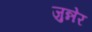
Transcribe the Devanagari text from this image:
जुन्नेर